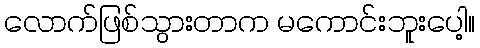
လောက်ဖြစ်သွားတာက မကောင်းဘူးပေါ့။